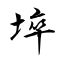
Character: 埣